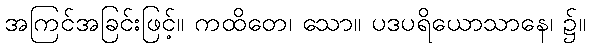
အကြင်အခြင်းဖြင့်။ ကထိတေ၊ သော။ ပဒပရိယောသာနေ၊ ၌။